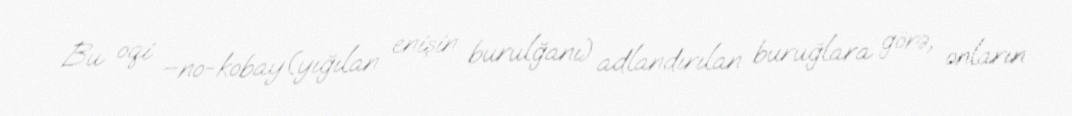
Bu oqi –no-kobay(yığılan enişin burulğanı) adlandırılan buruğlara görə, onların